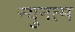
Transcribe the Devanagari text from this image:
न्युनत्म